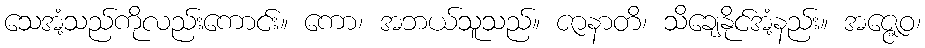
သေအံ့သည်ကိုလည်းကောင်း။ ကော၊ အဘယ်သူသည်။ ဇာနာတိ၊ သိချေနိုင်အံ့နည်း။ အဇ္ဇေဝ၊